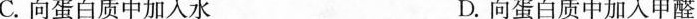
C.向蛋白质中加入水 D.向蛋白质中加入甲醛